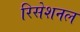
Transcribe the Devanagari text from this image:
रिसेशनल